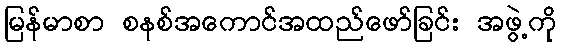
မြန်မာစာ စနစ်အကောင်အထည်ဖော်ခြင်း အဖွဲ့ကို